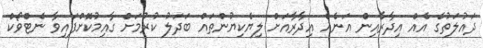
ދައުލަތުގެ އެއް އިދާރާއިން އަނެއް އިދާރާއަށް ލިޔެކިޔުންތައް ބަދަލު ކުރުމަށް ގާއިމުކޮށްފައިވާ ނެޓްވޯކް